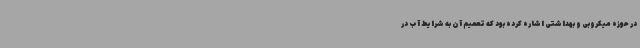
در حوزه میکروبی و بهداشتی اشاره کرده بود که تعمیم آن به شرایط آب در